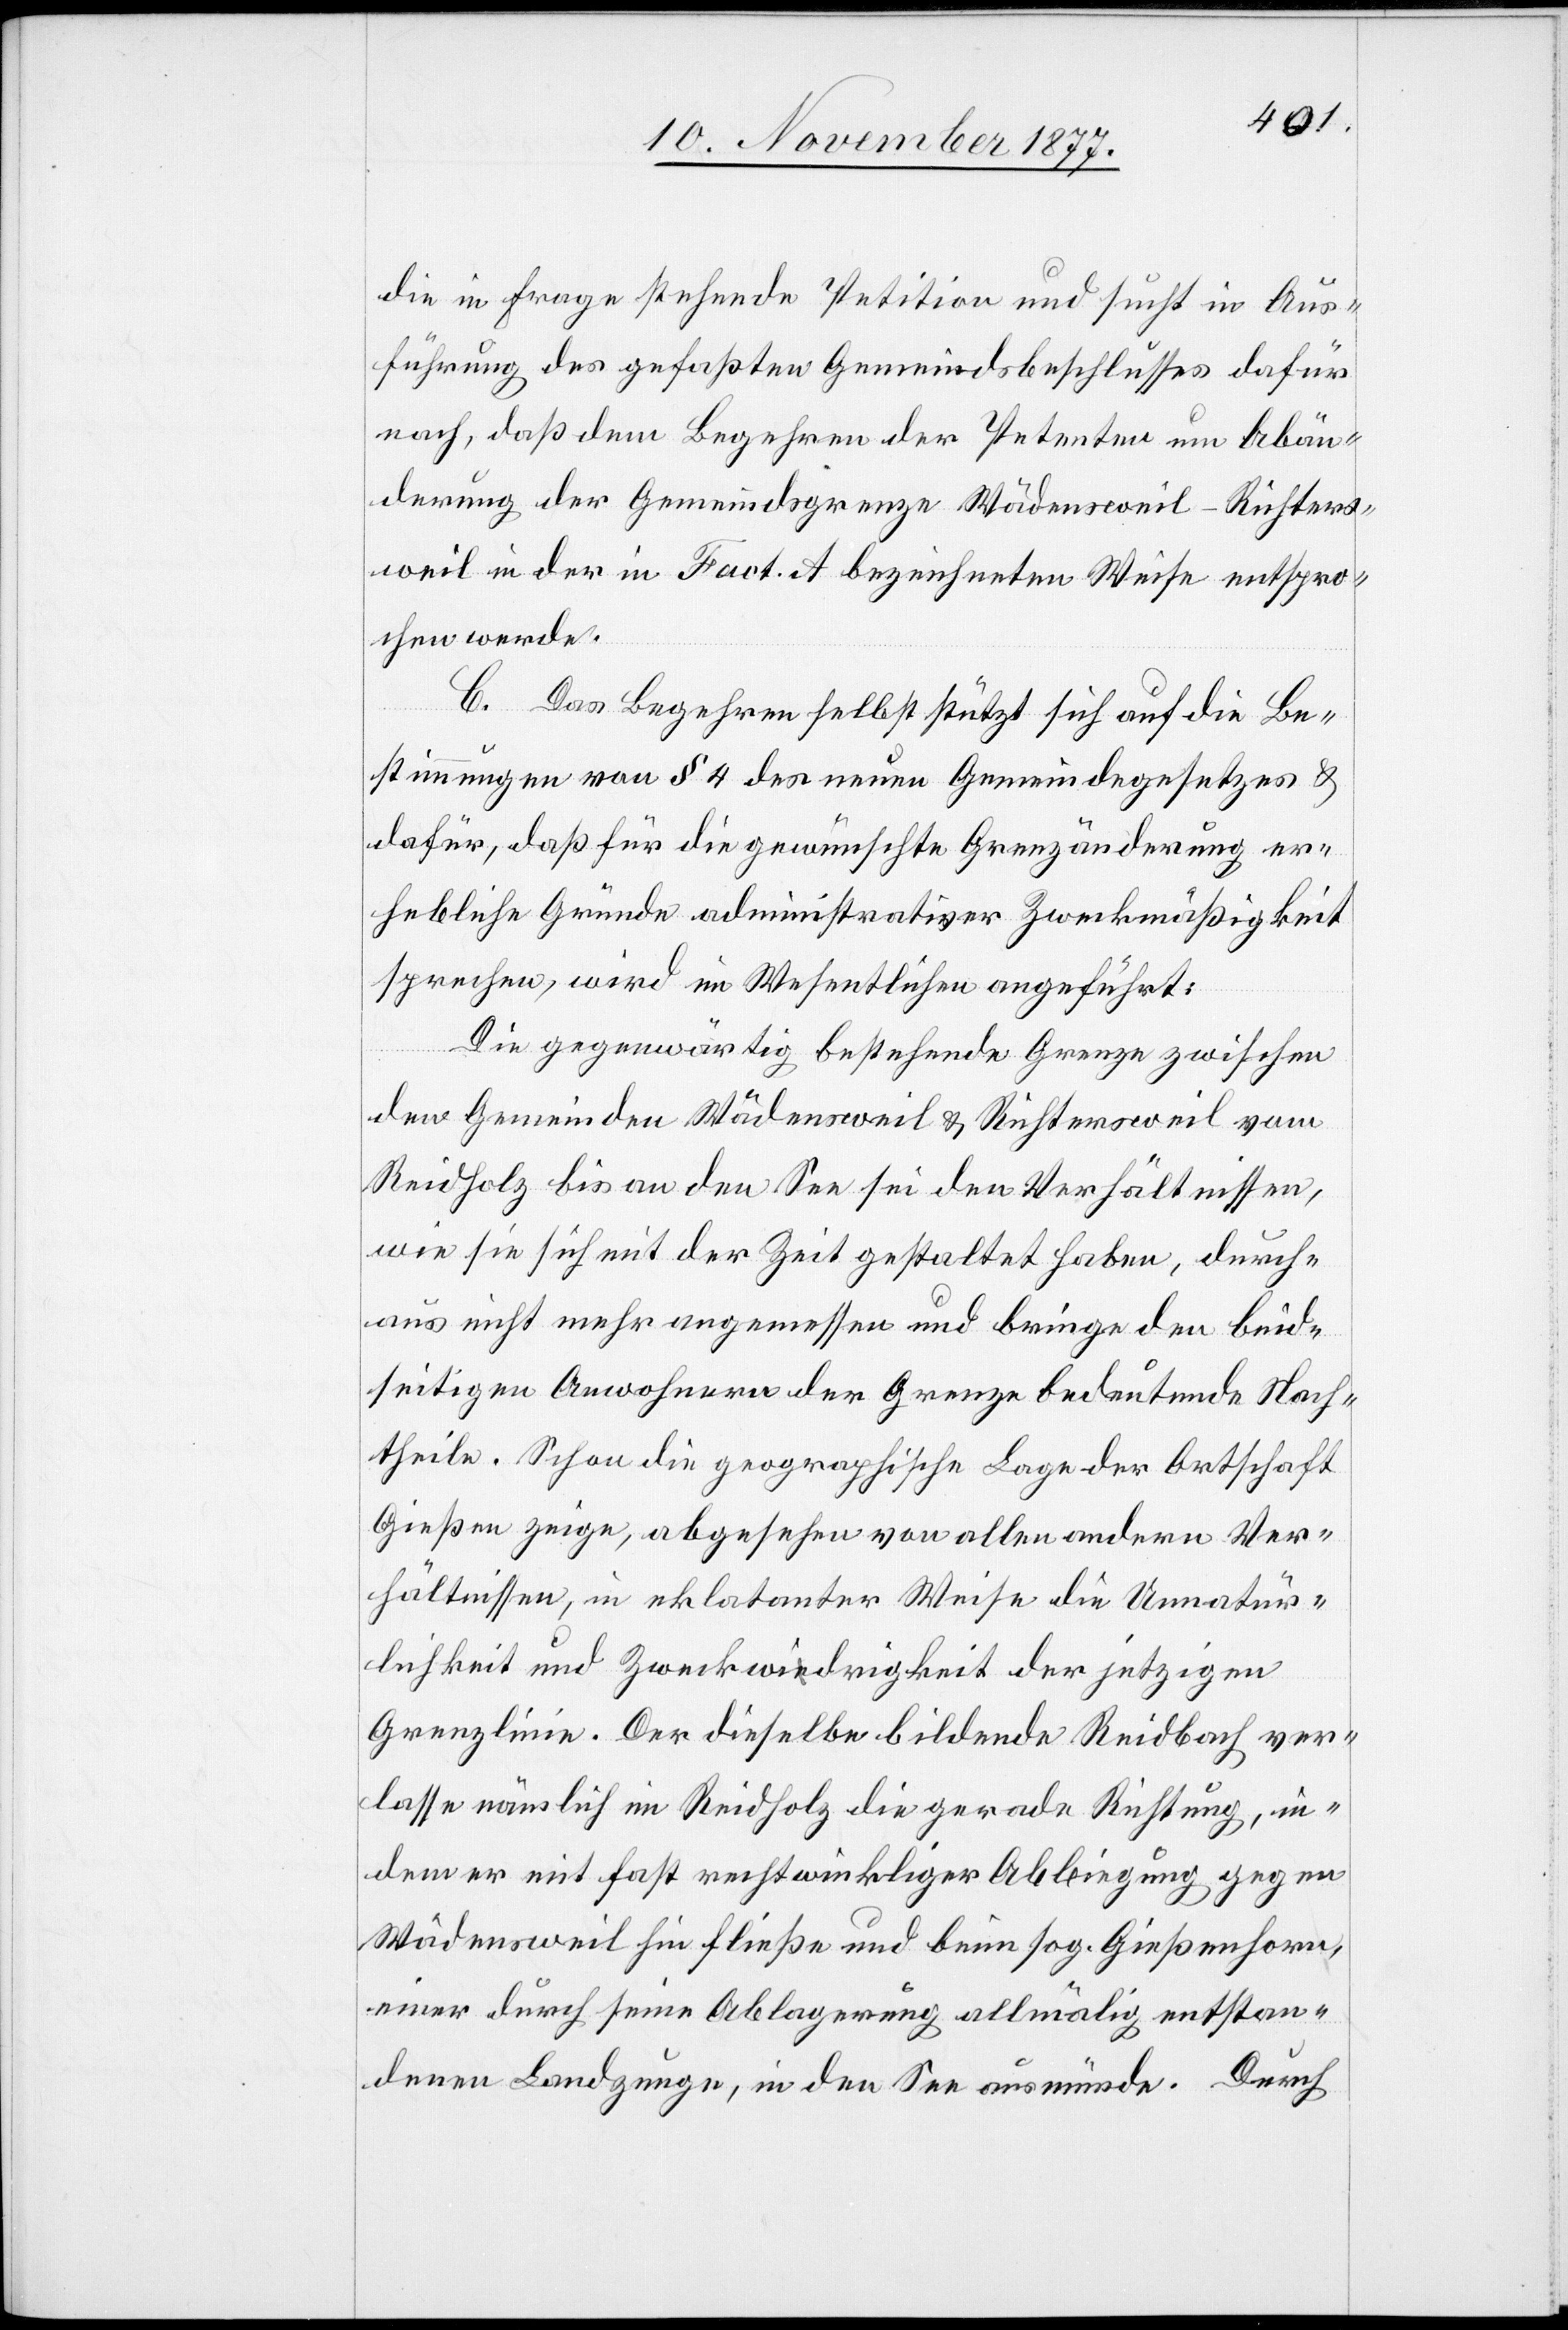
die in Frage stehende Petition und sucht in Aus¬
führung des gefaßten Gemeindsbeschlusses dafür
nach, daß dem Begehren der Petenten um Abän¬
derung der Gemeindsgrenze Wädensweil-Richters¬
weil in der in Fact. A bezeichneten Weise entspro¬
chen werde.
C. Das Begehren selbst stützt sich auf die Be¬
stimmungen von § 4 des neuen Gemeindegesetzes &
dafür, daß für die gewünschte Grenzänderung er¬
hebliche Gründe administrativer Zweckmäßigkeit
sprechen, wird im Wesentlichen angeführt:
Die gegenwärtig bestehende Grenze zwischen
den Gemeinden Wädensweil & Richtersweil vom
Reidholz bis an den See sei den Verhältnissen,
wie sie sich mit der Zeit gestaltet haben, durch¬
aus nicht mehr angemessen und bringe den beid¬
seitigen Anwohnern der Grenze bedeutende Nach¬
theile. Schon die geographische Lage der Ortschaft
Gießen zeige, abgesehen von allen andern Ver¬
hältnissen, in eklatanter Weise die Unnatür¬
lichkeit und Zweckwidrigkeit der jetzigen
Grenzlinie. Der dieselbe bildende Reidbach ver¬
lasse nämlich im Reidholz die gerade Richtung, in¬
dem er mit fast rechtwinkliger Abbiegung gegen
Wädensweil hin fließe und beim sog. Gießenhorn,
einer durch seine Ablagerung allmälig entstan¬
denen Landzunge, in den See ausmünde. Durch